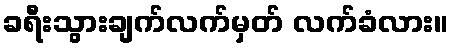
ခရီးသွားချက်လက်မှတ် လက်ခံလား။